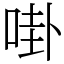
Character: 啩